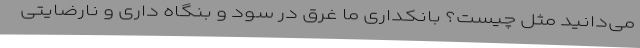
می‌دانید مثل چیست؟ بانکداری ما غرق در سود و بنگاه داری و نارضایتی